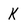
Character: k